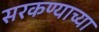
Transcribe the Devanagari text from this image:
सरकण्याच्या